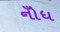
નોઁધ